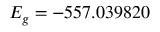
E _ { g } = - 5 5 7 . 0 3 9 8 2 0